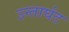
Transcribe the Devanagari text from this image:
उन्तार्घट